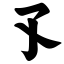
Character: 孓